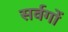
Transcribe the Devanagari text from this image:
सर्वगों